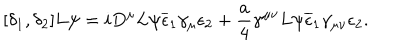
[ \delta _ { 1 } , \delta _ { 2 } ] L \psi = i D ^ { \mu } L \psi \overline { { { \epsilon } } } _ { 1 } \gamma _ { \mu } \epsilon _ { 2 } + \frac { a } { 4 } \gamma ^ { \mu \nu } L \psi \overline { { { \epsilon } } } _ { 1 } \gamma _ { \mu \nu } \epsilon _ { 2 } .